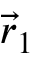
{ \vec { r } } _ { 1 }